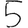
Digit: 5